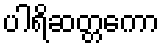
ပါရိဆတ္တကော